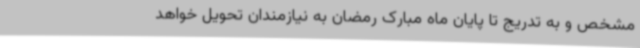
مشخص و به تدریج تا پایان ماه مبارک رمضان به نیازمندان تحویل خواهد